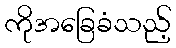
ကိုအခြေခံသည့်